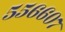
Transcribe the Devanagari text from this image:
५५६६०७